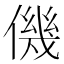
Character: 僟